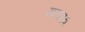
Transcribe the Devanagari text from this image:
मनषब